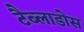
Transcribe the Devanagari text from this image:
टैब्लाडोस